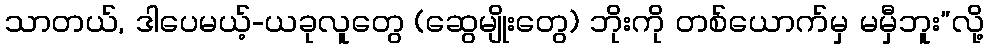
သာတယ်, ဒါပေမယ့်-ယခုလူတွေ (ဆွေမျိုးတွေ) ဘိုးကို တစ်ယောက်မှ မမှီဘူး”လို့